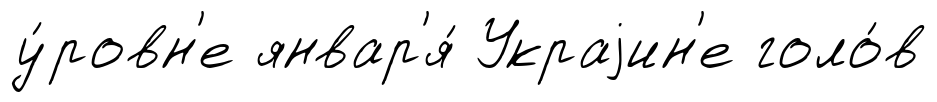
у́ровн'е январ'я́ Украjин'е голо́в